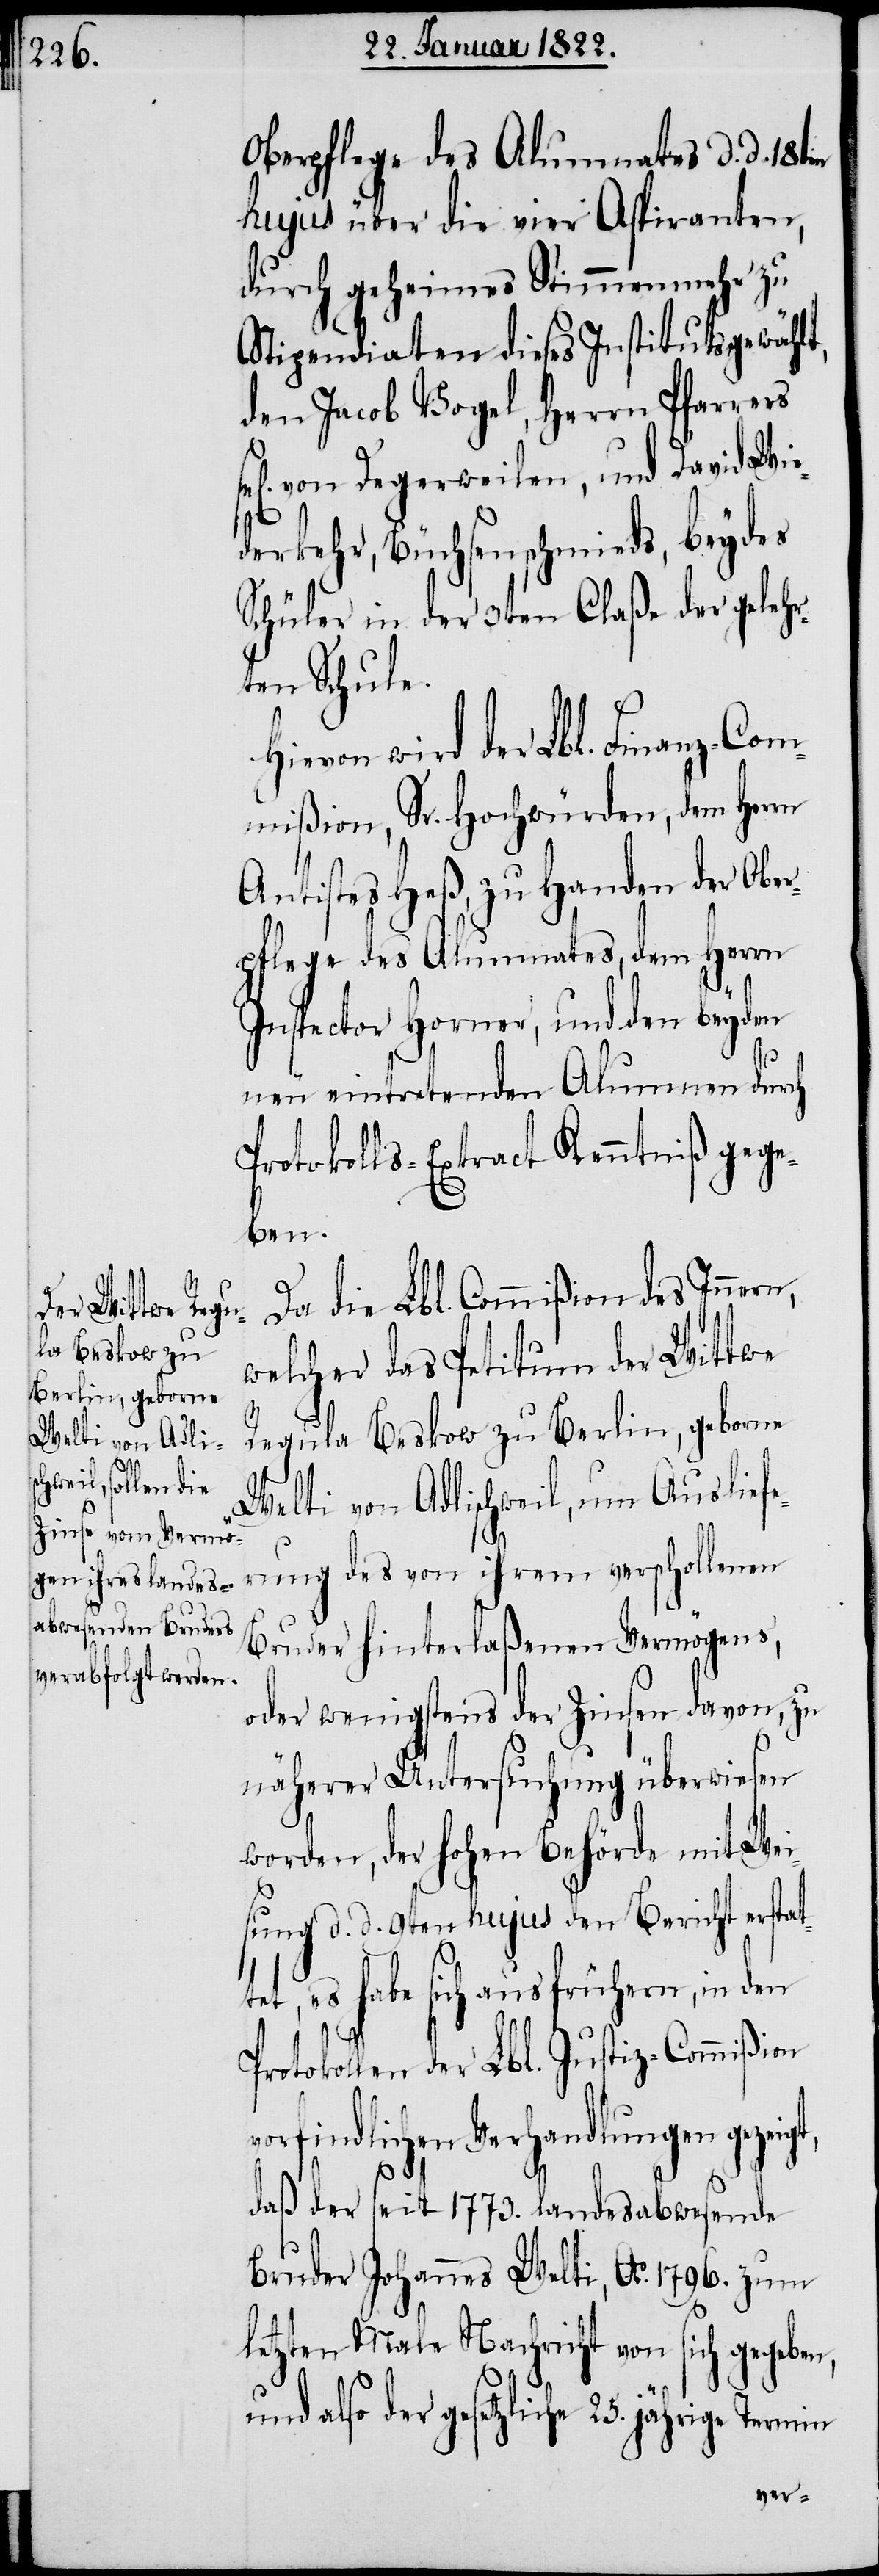
Oberpflege des Alumnates d. d. 18ten
hujus über die vier Aspiranten,
durch geheimes Stimmenmehr zu
Stipendiaten dieses Instituts gewählt,
den Jacob Vogel, Herrn Pfarrers
von Degerweilen, und David Wie¬
derkehr, Büchsenschmieds, beydes
Schüler in der 3ten Claße der gelehr¬
ten Schule.
wird der Lbl. Finanz-Com¬
mißion, Sr. Hochwürden, dem Herrn
Antistes Heß, zu Handen der Ober¬
pflege des Alumnates, dem Herrn
Inspector Horner, und den beyden
te¬
neu eintretenden Alumnen durch
Protokolls-Extract Kenntniß gege¬
ben.
Da die Lbl. Commißion des Innern,
welcher das Petitum der Wittwe
Regula Beskow zu Berlin, geborne
Welti von Adlischweil, um Ausliefe¬
rung des von ihrem verschollenen
Bruder hinterlaßenen Vermögens,
oder wenigstens der Zinsen davon, zu
näherer Untersuchung überwiesen
worden, der hohen Behörde mit Wei¬
sung d. d. 9ten hujus den Bericht erstat¬
t, es habe sich aus frühern, in den
Protokollen der Lbl. Justiz-Commißion
vorfindlichen Verhandlungen gezeig¬
t,
daß der seit 1773. landesabwesende
Bruder Johannes Welti, Ao. 1796. zum
letzten Male Nachricht von sich gegeben,
und also der gesetzliche 25. jährige Termin